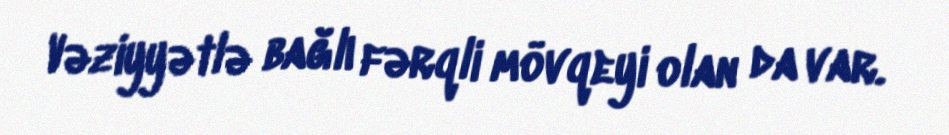
Vəziyyətlə bağlı fərqli mövqeyi olan da var.